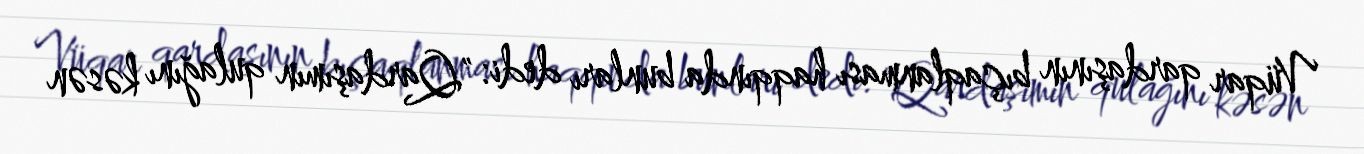
Vüqar qardaşının bıçaqlanması haqqında bunları dedi: "Qardaşımın qulağını kəsən